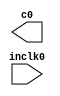
// megafunction wizard: %ALTPLL%VBB%
// GENERATION: STANDARD
// VERSION: WM1.0
// MODULE: altpll 

// ============================================================
// Megafunction Name(s):
// 			altpll
//
// Simulation Library Files(s):
// 			altera_mf
// ============================================================
// ************************************************************
// THIS IS A WIZARD-GENERATED FILE. DO NOT EDIT THIS FILE!
//
// 9.0 Build 132 02/25/2009 SJ Full Version
// ************************************************************

//Copyright (C) 1991-2009 Altera Corporation
//Your use of Altera Corporation's design tools, logic functions 
//and other software and tools, and its AMPP partner logic 
//functions, and any output files from any of the foregoing 
//(including device programming or simulation files), and any 
//associated documentation or information are expressly subject 
//to the terms and conditions of the Altera Program License 
//Subscription Agreement, Altera MegaCore Function License 
//Agreement, or other applicable license agreement, including, 
//without limitation, that your use is for the sole purpose of 
//programming logic devices manufactured by Altera and sold by 
//Altera or its authorized distributors.  Please refer to the 
//applicable agreement for further details.

module PLL_SDRAM (
	inclk0,
	c0);

	input	  inclk0;
	output	  c0;

endmodule

// ============================================================
// CNX file retrieval info
// ============================================================
// Retrieval info: PRIVATE: ACTIVECLK_CHECK STRING "0"
// Retrieval info: PRIVATE: BANDWIDTH STRING "1.000"
// Retrieval info: PRIVATE: BANDWIDTH_FEATURE_ENABLED STRING "1"
// Retrieval info: PRIVATE: BANDWIDTH_FREQ_UNIT STRING "MHz"
// Retrieval info: PRIVATE: BANDWIDTH_PRESET STRING "Low"
// Retrieval info: PRIVATE: BANDWIDTH_USE_AUTO STRING "1"
// Retrieval info: PRIVATE: BANDWIDTH_USE_CUSTOM STRING "0"
// Retrieval info: PRIVATE: BANDWIDTH_USE_PRESET STRING "0"
// Retrieval info: PRIVATE: CLKBAD_SWITCHOVER_CHECK STRING "0"
// Retrieval info: PRIVATE: CLKLOSS_CHECK STRING "0"
// Retrieval info: PRIVATE: CLKSWITCH_CHECK STRING "0"
// Retrieval info: PRIVATE: CNX_NO_COMPENSATE_RADIO STRING "0"
// Retrieval info: PRIVATE: CREATE_CLKBAD_CHECK STRING "0"
// Retrieval info: PRIVATE: CREATE_INCLK1_CHECK STRING "0"
// Retrieval info: PRIVATE: CUR_DEDICATED_CLK STRING "c0"
// Retrieval info: PRIVATE: CUR_FBIN_CLK STRING "c0"
// Retrieval info: PRIVATE: DEVICE_SPEED_GRADE STRING "4"
// Retrieval info: PRIVATE: DIV_FACTOR0 NUMERIC "1"
// Retrieval info: PRIVATE: DUTY_CYCLE0 STRING "50.00000000"
// Retrieval info: PRIVATE: EFF_OUTPUT_FREQ_VALUE0 STRING "125.000000"
// Retrieval info: PRIVATE: EXPLICIT_SWITCHOVER_COUNTER STRING "0"
// Retrieval info: PRIVATE: EXT_FEEDBACK_RADIO STRING "0"
// Retrieval info: PRIVATE: GLOCKED_COUNTER_EDIT_CHANGED STRING "1"
// Retrieval info: PRIVATE: GLOCKED_FEATURE_ENABLED STRING "1"
// Retrieval info: PRIVATE: GLOCKED_MODE_CHECK STRING "0"
// Retrieval info: PRIVATE: GLOCK_COUNTER_EDIT NUMERIC "1048575"
// Retrieval info: PRIVATE: HAS_MANUAL_SWITCHOVER STRING "1"
// Retrieval info: PRIVATE: INCLK0_FREQ_EDIT STRING "50.000"
// Retrieval info: PRIVATE: INCLK0_FREQ_UNIT_COMBO STRING "MHz"
// Retrieval info: PRIVATE: INCLK1_FREQ_EDIT STRING "100.000"
// Retrieval info: PRIVATE: INCLK1_FREQ_EDIT_CHANGED STRING "1"
// Retrieval info: PRIVATE: INCLK1_FREQ_UNIT_CHANGED STRING "1"
// Retrieval info: PRIVATE: INCLK1_FREQ_UNIT_COMBO STRING "MHz"
// Retrieval info: PRIVATE: INTENDED_DEVICE_FAMILY STRING "Stratix II"
// Retrieval info: PRIVATE: INT_FEEDBACK__MODE_RADIO STRING "1"
// Retrieval info: PRIVATE: LOCKED_OUTPUT_CHECK STRING "0"
// Retrieval info: PRIVATE: LONG_SCAN_RADIO STRING "1"
// Retrieval info: PRIVATE: LVDS_MODE_DATA_RATE STRING "150.000"
// Retrieval info: PRIVATE: LVDS_MODE_DATA_RATE_DIRTY NUMERIC "0"
// Retrieval info: PRIVATE: LVDS_PHASE_SHIFT_UNIT0 STRING "deg"
// Retrieval info: PRIVATE: MIG_DEVICE_SPEED_GRADE STRING "Any"
// Retrieval info: PRIVATE: MULT_FACTOR0 NUMERIC "1"
// Retrieval info: PRIVATE: NORMAL_MODE_RADIO STRING "1"
// Retrieval info: PRIVATE: OUTPUT_FREQ0 STRING "125.00000000"
// Retrieval info: PRIVATE: OUTPUT_FREQ_MODE0 STRING "1"
// Retrieval info: PRIVATE: OUTPUT_FREQ_UNIT0 STRING "MHz"
// Retrieval info: PRIVATE: PHASE_RECONFIG_FEATURE_ENABLED STRING "0"
// Retrieval info: PRIVATE: PHASE_RECONFIG_INPUTS_CHECK STRING "0"
// Retrieval info: PRIVATE: PHASE_SHIFT0 STRING "0.00000000"
// Retrieval info: PRIVATE: PHASE_SHIFT_STEP_ENABLED_CHECK STRING "0"
// Retrieval info: PRIVATE: PHASE_SHIFT_UNIT0 STRING "deg"
// Retrieval info: PRIVATE: PLL_ADVANCED_PARAM_CHECK STRING "0"
// Retrieval info: PRIVATE: PLL_ARESET_CHECK STRING "0"
// Retrieval info: PRIVATE: PLL_AUTOPLL_CHECK NUMERIC "0"
// Retrieval info: PRIVATE: PLL_ENA_CHECK STRING "0"
// Retrieval info: PRIVATE: PLL_ENHPLL_CHECK NUMERIC "0"
// Retrieval info: PRIVATE: PLL_FASTPLL_CHECK NUMERIC "1"
// Retrieval info: PRIVATE: PLL_FBMIMIC_CHECK STRING "0"
// Retrieval info: PRIVATE: PLL_LVDS_PLL_CHECK NUMERIC "0"
// Retrieval info: PRIVATE: PLL_PFDENA_CHECK STRING "0"
// Retrieval info: PRIVATE: PLL_TARGET_HARCOPY_CHECK NUMERIC "0"
// Retrieval info: PRIVATE: PRIMARY_CLK_COMBO STRING "inclk0"
// Retrieval info: PRIVATE: RECONFIG_FILE STRING "PLL_SDRAM.mif"
// Retrieval info: PRIVATE: SACN_INPUTS_CHECK STRING "0"
// Retrieval info: PRIVATE: SCAN_FEATURE_ENABLED STRING "1"
// Retrieval info: PRIVATE: SELF_RESET_LOCK_LOSS STRING "0"
// Retrieval info: PRIVATE: SHORT_SCAN_RADIO STRING "0"
// Retrieval info: PRIVATE: SPREAD_FEATURE_ENABLED STRING "0"
// Retrieval info: PRIVATE: SPREAD_FREQ STRING "50.000"
// Retrieval info: PRIVATE: SPREAD_FREQ_UNIT STRING "KHz"
// Retrieval info: PRIVATE: SPREAD_PERCENT STRING "0.500"
// Retrieval info: PRIVATE: SPREAD_USE STRING "0"
// Retrieval info: PRIVATE: SRC_SYNCH_COMP_RADIO STRING "0"
// Retrieval info: PRIVATE: STICKY_CLK0 STRING "1"
// Retrieval info: PRIVATE: SWITCHOVER_COUNT_EDIT NUMERIC "1"
// Retrieval info: PRIVATE: SWITCHOVER_FEATURE_ENABLED STRING "1"
// Retrieval info: PRIVATE: SYNTH_WRAPPER_GEN_POSTFIX STRING "0"
// Retrieval info: PRIVATE: USE_CLK0 STRING "1"
// Retrieval info: PRIVATE: USE_MIL_SPEED_GRADE NUMERIC "0"
// Retrieval info: PRIVATE: ZERO_DELAY_RADIO STRING "0"
// Retrieval info: LIBRARY: altera_mf altera_mf.altera_mf_components.all
// Retrieval info: CONSTANT: BANDWIDTH_TYPE STRING "AUTO"
// Retrieval info: CONSTANT: CLK0_DIVIDE_BY NUMERIC "2"
// Retrieval info: CONSTANT: CLK0_DUTY_CYCLE NUMERIC "50"
// Retrieval info: CONSTANT: CLK0_MULTIPLY_BY NUMERIC "5"
// Retrieval info: CONSTANT: CLK0_PHASE_SHIFT STRING "0"
// Retrieval info: CONSTANT: COMPENSATE_CLOCK STRING "CLK0"
// Retrieval info: CONSTANT: INCLK0_INPUT_FREQUENCY NUMERIC "20000"
// Retrieval info: CONSTANT: INTENDED_DEVICE_FAMILY STRING "Stratix II"
// Retrieval info: CONSTANT: LPM_TYPE STRING "altpll"
// Retrieval info: CONSTANT: OPERATION_MODE STRING "NORMAL"
// Retrieval info: CONSTANT: PLL_TYPE STRING "Fast"
// Retrieval info: CONSTANT: PORT_ACTIVECLOCK STRING "PORT_UNUSED"
// Retrieval info: CONSTANT: PORT_ARESET STRING "PORT_UNUSED"
// Retrieval info: CONSTANT: PORT_CLKBAD0 STRING "PORT_UNUSED"
// Retrieval info: CONSTANT: PORT_CLKBAD1 STRING "PORT_UNUSED"
// Retrieval info: CONSTANT: PORT_CLKLOSS STRING "PORT_UNUSED"
// Retrieval info: CONSTANT: PORT_CLKSWITCH STRING "PORT_UNUSED"
// Retrieval info: CONSTANT: PORT_CONFIGUPDATE STRING "PORT_UNUSED"
// Retrieval info: CONSTANT: PORT_FBIN STRING "PORT_UNUSED"
// Retrieval info: CONSTANT: PORT_INCLK0 STRING "PORT_USED"
// Retrieval info: CONSTANT: PORT_INCLK1 STRING "PORT_UNUSED"
// Retrieval info: CONSTANT: PORT_LOCKED STRING "PORT_UNUSED"
// Retrieval info: CONSTANT: PORT_PFDENA STRING "PORT_UNUSED"
// Retrieval info: CONSTANT: PORT_PHASECOUNTERSELECT STRING "PORT_UNUSED"
// Retrieval info: CONSTANT: PORT_PHASEDONE STRING "PORT_UNUSED"
// Retrieval info: CONSTANT: PORT_PHASESTEP STRING "PORT_UNUSED"
// Retrieval info: CONSTANT: PORT_PHASEUPDOWN STRING "PORT_UNUSED"
// Retrieval info: CONSTANT: PORT_PLLENA STRING "PORT_UNUSED"
// Retrieval info: CONSTANT: PORT_SCANACLR STRING "PORT_UNUSED"
// Retrieval info: CONSTANT: PORT_SCANCLK STRING "PORT_UNUSED"
// Retrieval info: CONSTANT: PORT_SCANCLKENA STRING "PORT_UNUSED"
// Retrieval info: CONSTANT: PORT_SCANDATA STRING "PORT_UNUSED"
// Retrieval info: CONSTANT: PORT_SCANDATAOUT STRING "PORT_UNUSED"
// Retrieval info: CONSTANT: PORT_SCANDONE STRING "PORT_UNUSED"
// Retrieval info: CONSTANT: PORT_SCANREAD STRING "PORT_UNUSED"
// Retrieval info: CONSTANT: PORT_SCANWRITE STRING "PORT_UNUSED"
// Retrieval info: CONSTANT: PORT_clk0 STRING "PORT_USED"
// Retrieval info: CONSTANT: PORT_clk1 STRING "PORT_UNUSED"
// Retrieval info: CONSTANT: PORT_clk2 STRING "PORT_UNUSED"
// Retrieval info: CONSTANT: PORT_clk3 STRING "PORT_UNUSED"
// Retrieval info: CONSTANT: PORT_clk4 STRING "PORT_UNUSED"
// Retrieval info: CONSTANT: PORT_clk5 STRING "PORT_UNUSED"
// Retrieval info: CONSTANT: PORT_clkena0 STRING "PORT_UNUSED"
// Retrieval info: CONSTANT: PORT_clkena1 STRING "PORT_UNUSED"
// Retrieval info: CONSTANT: PORT_clkena2 STRING "PORT_UNUSED"
// Retrieval info: CONSTANT: PORT_clkena3 STRING "PORT_UNUSED"
// Retrieval info: CONSTANT: PORT_clkena4 STRING "PORT_UNUSED"
// Retrieval info: CONSTANT: PORT_clkena5 STRING "PORT_UNUSED"
// Retrieval info: CONSTANT: PORT_enable0 STRING "PORT_UNUSED"
// Retrieval info: CONSTANT: PORT_enable1 STRING "PORT_UNUSED"
// Retrieval info: CONSTANT: PORT_extclk0 STRING "PORT_UNUSED"
// Retrieval info: CONSTANT: PORT_extclk1 STRING "PORT_UNUSED"
// Retrieval info: CONSTANT: PORT_extclk2 STRING "PORT_UNUSED"
// Retrieval info: CONSTANT: PORT_extclk3 STRING "PORT_UNUSED"
// Retrieval info: CONSTANT: PORT_sclkout0 STRING "PORT_UNUSED"
// Retrieval info: CONSTANT: PORT_sclkout1 STRING "PORT_UNUSED"
// Retrieval info: USED_PORT: @clk 0 0 6 0 OUTPUT_CLK_EXT VCC "@clk[5..0]"
// Retrieval info: USED_PORT: @extclk 0 0 4 0 OUTPUT_CLK_EXT VCC "@extclk[3..0]"
// Retrieval info: USED_PORT: c0 0 0 0 0 OUTPUT_CLK_EXT VCC "c0"
// Retrieval info: USED_PORT: inclk0 0 0 0 0 INPUT_CLK_EXT GND "inclk0"
// Retrieval info: CONNECT: @inclk 0 0 1 0 inclk0 0 0 0 0
// Retrieval info: CONNECT: c0 0 0 0 0 @clk 0 0 1 0
// Retrieval info: CONNECT: @inclk 0 0 1 1 GND 0 0 0 0
// Retrieval info: GEN_FILE: TYPE_NORMAL PLL_SDRAM.v TRUE
// Retrieval info: GEN_FILE: TYPE_NORMAL PLL_SDRAM.ppf TRUE
// Retrieval info: GEN_FILE: TYPE_NORMAL PLL_SDRAM.inc FALSE
// Retrieval info: GEN_FILE: TYPE_NORMAL PLL_SDRAM.cmp FALSE
// Retrieval info: GEN_FILE: TYPE_NORMAL PLL_SDRAM.bsf TRUE FALSE
// Retrieval info: GEN_FILE: TYPE_NORMAL PLL_SDRAM_inst.v TRUE
// Retrieval info: GEN_FILE: TYPE_NORMAL PLL_SDRAM_bb.v TRUE
// Retrieval info: GEN_FILE: TYPE_NORMAL PLL_SDRAM_waveforms.html TRUE
// Retrieval info: GEN_FILE: TYPE_NORMAL PLL_SDRAM_wave*.jpg FALSE
// Retrieval info: LIB_FILE: altera_mf
// Retrieval info: CBX_MODULE_PREFIX: ON